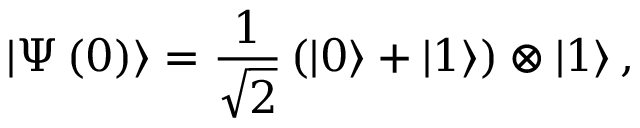
\left| \Psi \left( 0 \right) \right\rangle = \frac { 1 } { \sqrt { 2 } } \left( \left| 0 \right\rangle + \left| 1 \right\rangle \right) \otimes \left| 1 \right\rangle ,